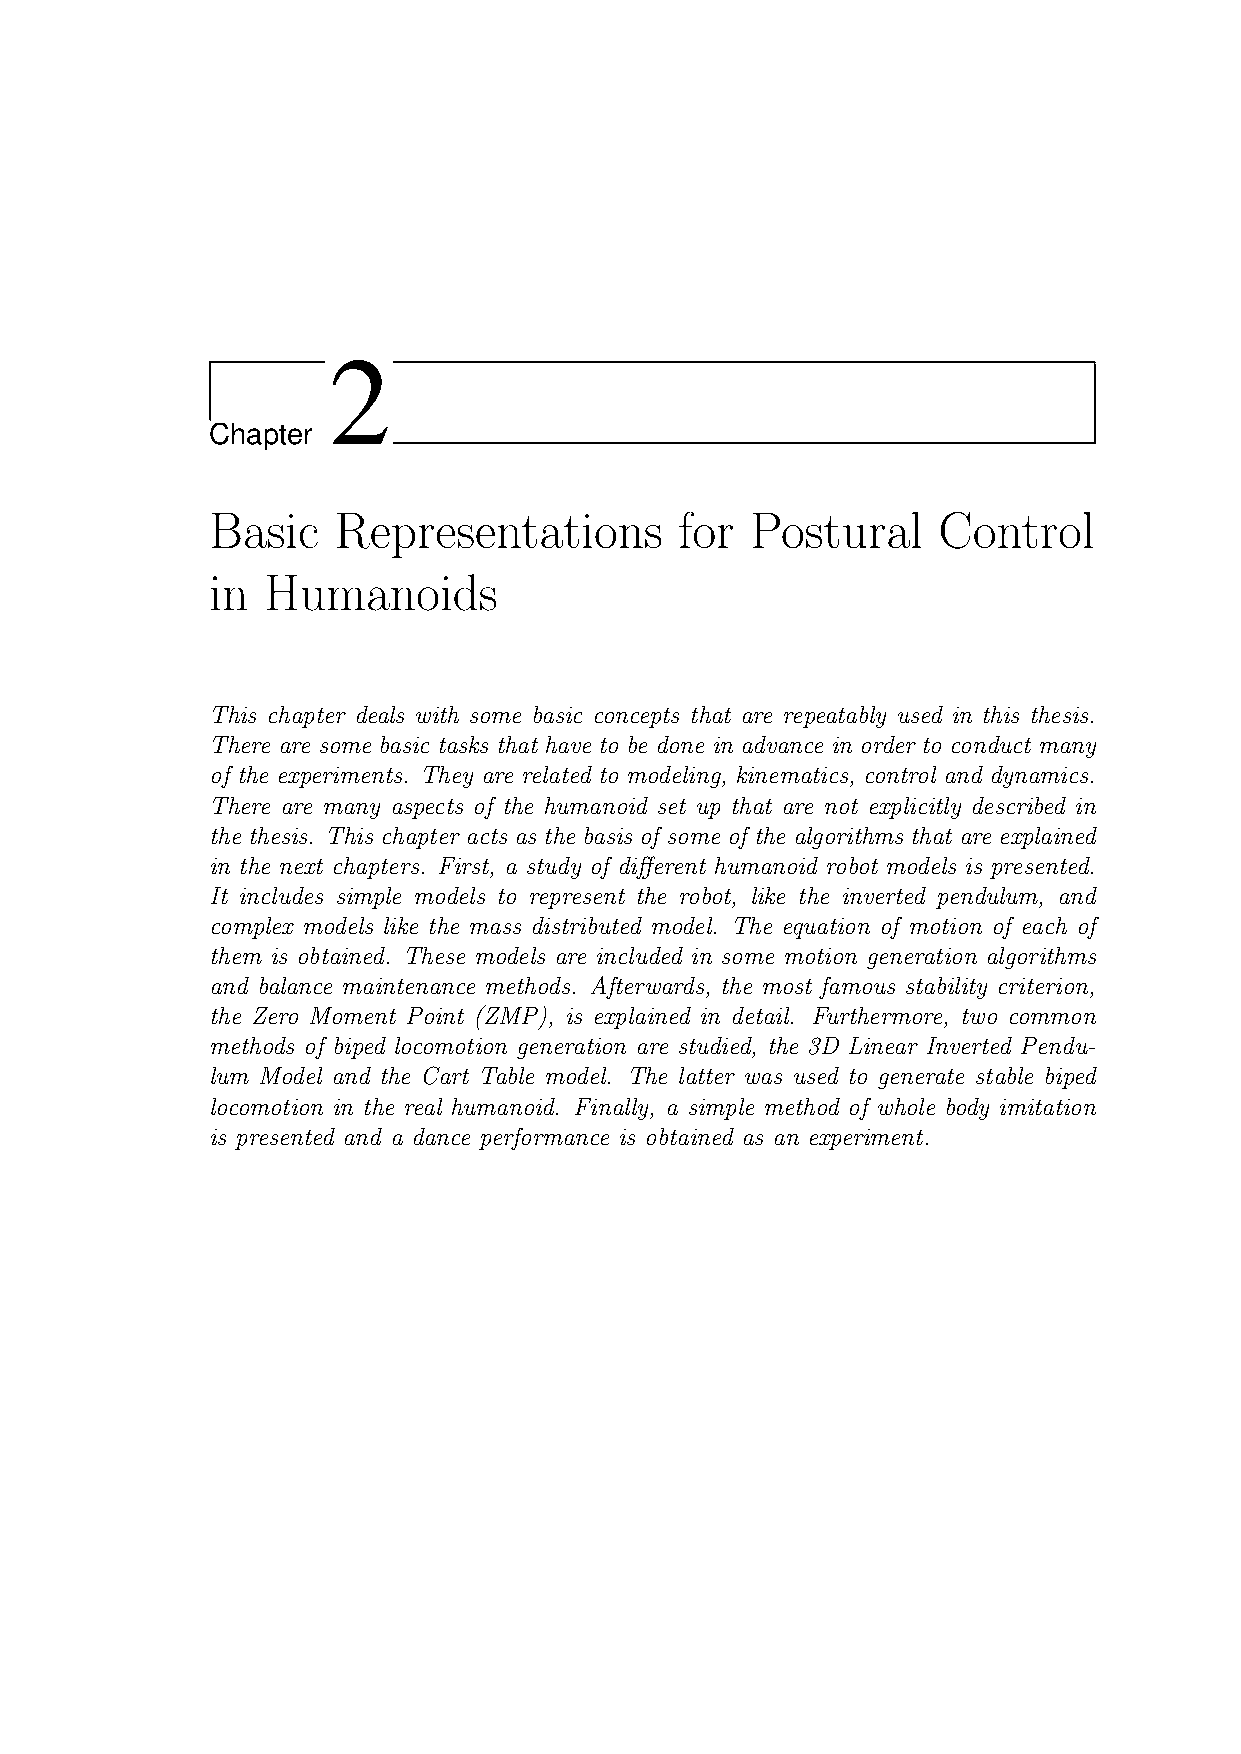
2
 Chapter
 Basic   Representations        for  Postural    Control
 in Humanoids
 This chapter deals with some basic concepts that are repeatably used in this thesis.
 There are some basic tasks that have to be done in advance in order to conduct many
 of the experiments. They are related to modeling, kinematics, control and dynamics.
 There are many aspects of the humanoid set up that are not explicitly described in
 the thesis. This chapter acts as the basis of some of the algorithms that are explained
 in the next chapters. First, a study of different humanoid robot models is presented.
 It includes simple models to represent the robot, like the inverted pendulum, and
 complex models like the mass distributed model. The equation of motion of each of
 them is obtained. These models are included in some motion generation algorithms
 and balance maintenance methods. Afterwards, the most famous stability criterion,
 the Zero Moment Point (ZMP), is explained in detail. Furthermore, two common
 methods of biped locomotion generation are studied, the 3D Linear Inverted Pendu-
 lum Model and the Cart Table model. The latter was used to generate stable biped
 locomotion in the real humanoid. Finally, a simple method of whole body imitation
 is presented and a dance performance is obtained as an experiment.